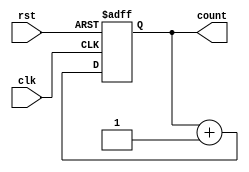
module synchronous_counter (
    input wire clk,
    input wire rst,
    output reg [3:0] count
);
    
    always @(posedge clk or posedge rst) begin
        if (rst) begin
            count <= 4'b0000;
        end else begin
            count <= count + 4'b0001;
        end
    end

endmodule